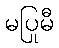
မပြုမီ